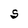
Character: S